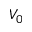
V _ { 0 }